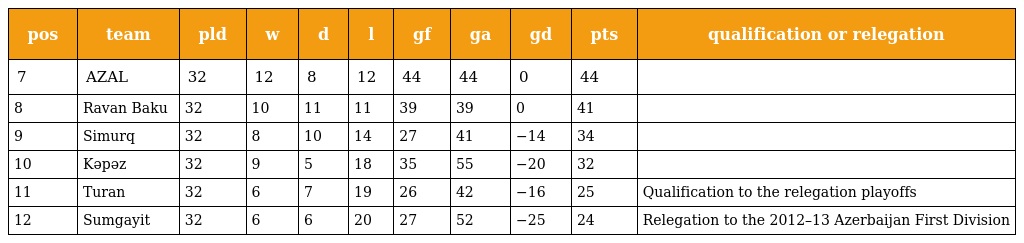
| pos | team | pld | w | d | l | gf | ga | gd | pts | qualification or relegation |
 | --- | --- | --- | --- | --- | --- | --- | --- | --- | --- | --- |
 | 7 | AZAL | 32 | 12 | 8 | 12 | 44 | 44 | 0 | 44 |  |
 | 8 | Ravan Baku | 32 | 10 | 11 | 11 | 39 | 39 | 0 | 41 |  |
 | 9 | Simurq | 32 | 8 | 10 | 14 | 27 | 41 | −14 | 34 |  |
 | 10 | Kəpəz | 32 | 9 | 5 | 18 | 35 | 55 | −20 | 32 |  |
 | 11 | Turan | 32 | 6 | 7 | 19 | 26 | 42 | −16 | 25 | Qualification to the relegation playoffs |
 | 12 | Sumgayit | 32 | 6 | 6 | 20 | 27 | 52 | −25 | 24 | Relegation to the 2012–13 Azerbaijan First Division |